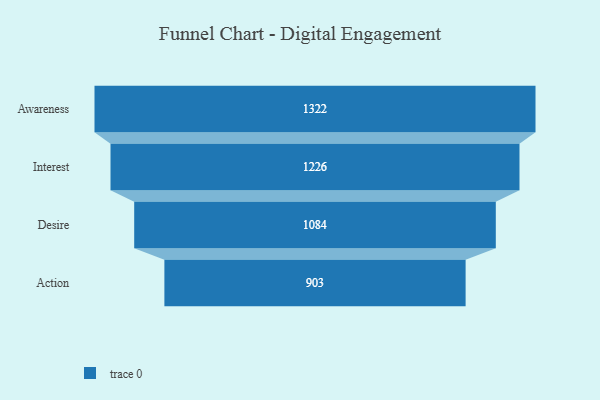
{"axis": {"x": "Stage", "y": "Value"}, "legend": [""], "data": [{"x": "Awareness", "y": 1322.0, "type": ""}, {"x": "Interest", "y": 1226.0, "type": ""}, {"x": "Desire", "y": 1084.0, "type": ""}, {"x": "Action", "y": 903.0, "type": ""}]}